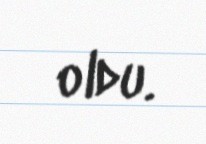
oldu.